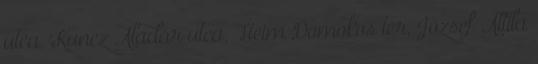
utca, Kuncz Aladár utca, Heim Domokos tér, József Attila